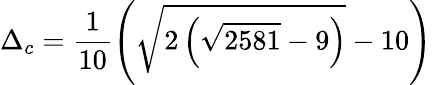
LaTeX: \Delta_{c}=\frac{1}{10}\left(\sqrt{2\left(\sqrt{2581}-9\right)}-10\right)